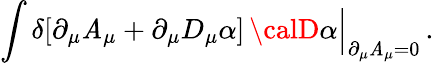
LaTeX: \int\delta[\partial_{\mu}\mathit{A}_{\mu}+\partial_{\mu}D_{\mu}\alpha]\, {\calD}\alpha\Big|_{\partial_{\mu}\mathit{A}_{\mu}=0}\, .